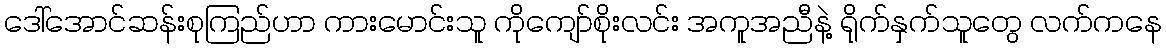
ဒေါ်အောင်ဆန်းစုကြည်ဟာ ကားမောင်းသူ ကိုကျော်စိုးလင်း အကူအညီနဲ့ ရိုက်နှက်သူတွေ လက်ကနေ